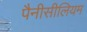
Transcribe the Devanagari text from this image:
पैनीसीलियम